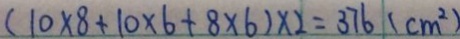
( 1 0 \times 8 + 1 0 \times 6 + 8 \times 6 ) \times 2 = 3 7 6 ( c m ^ { 2 } )